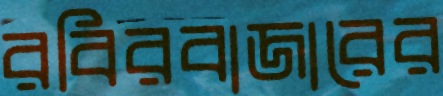
রবিরবাজারের